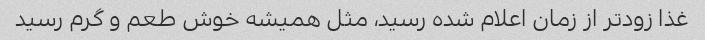
غذا زودتر از زمان اعلام شده رسید، مثل همیشه خوش طعم و گرم رسید